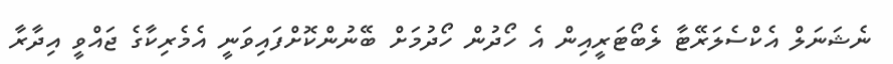
ނެޝަނަލް އެކްސެލަރޭޓާ ލެބޯޓަރީއިން އެ ހޯދުން ހޯދުމަށް ބޭނުންކޮށްފައިވަނީ އެމެރިކާގެ ޖައްވީ އިދާރާ